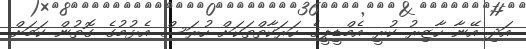
އަދި އޭނާ ހާޒިރު ކުރީ އެމްޑީޕީގެ ހަރަކާތްތަކަށް ހުރަސް އެޅުމުގެ ގޮތުން ކަމަށް